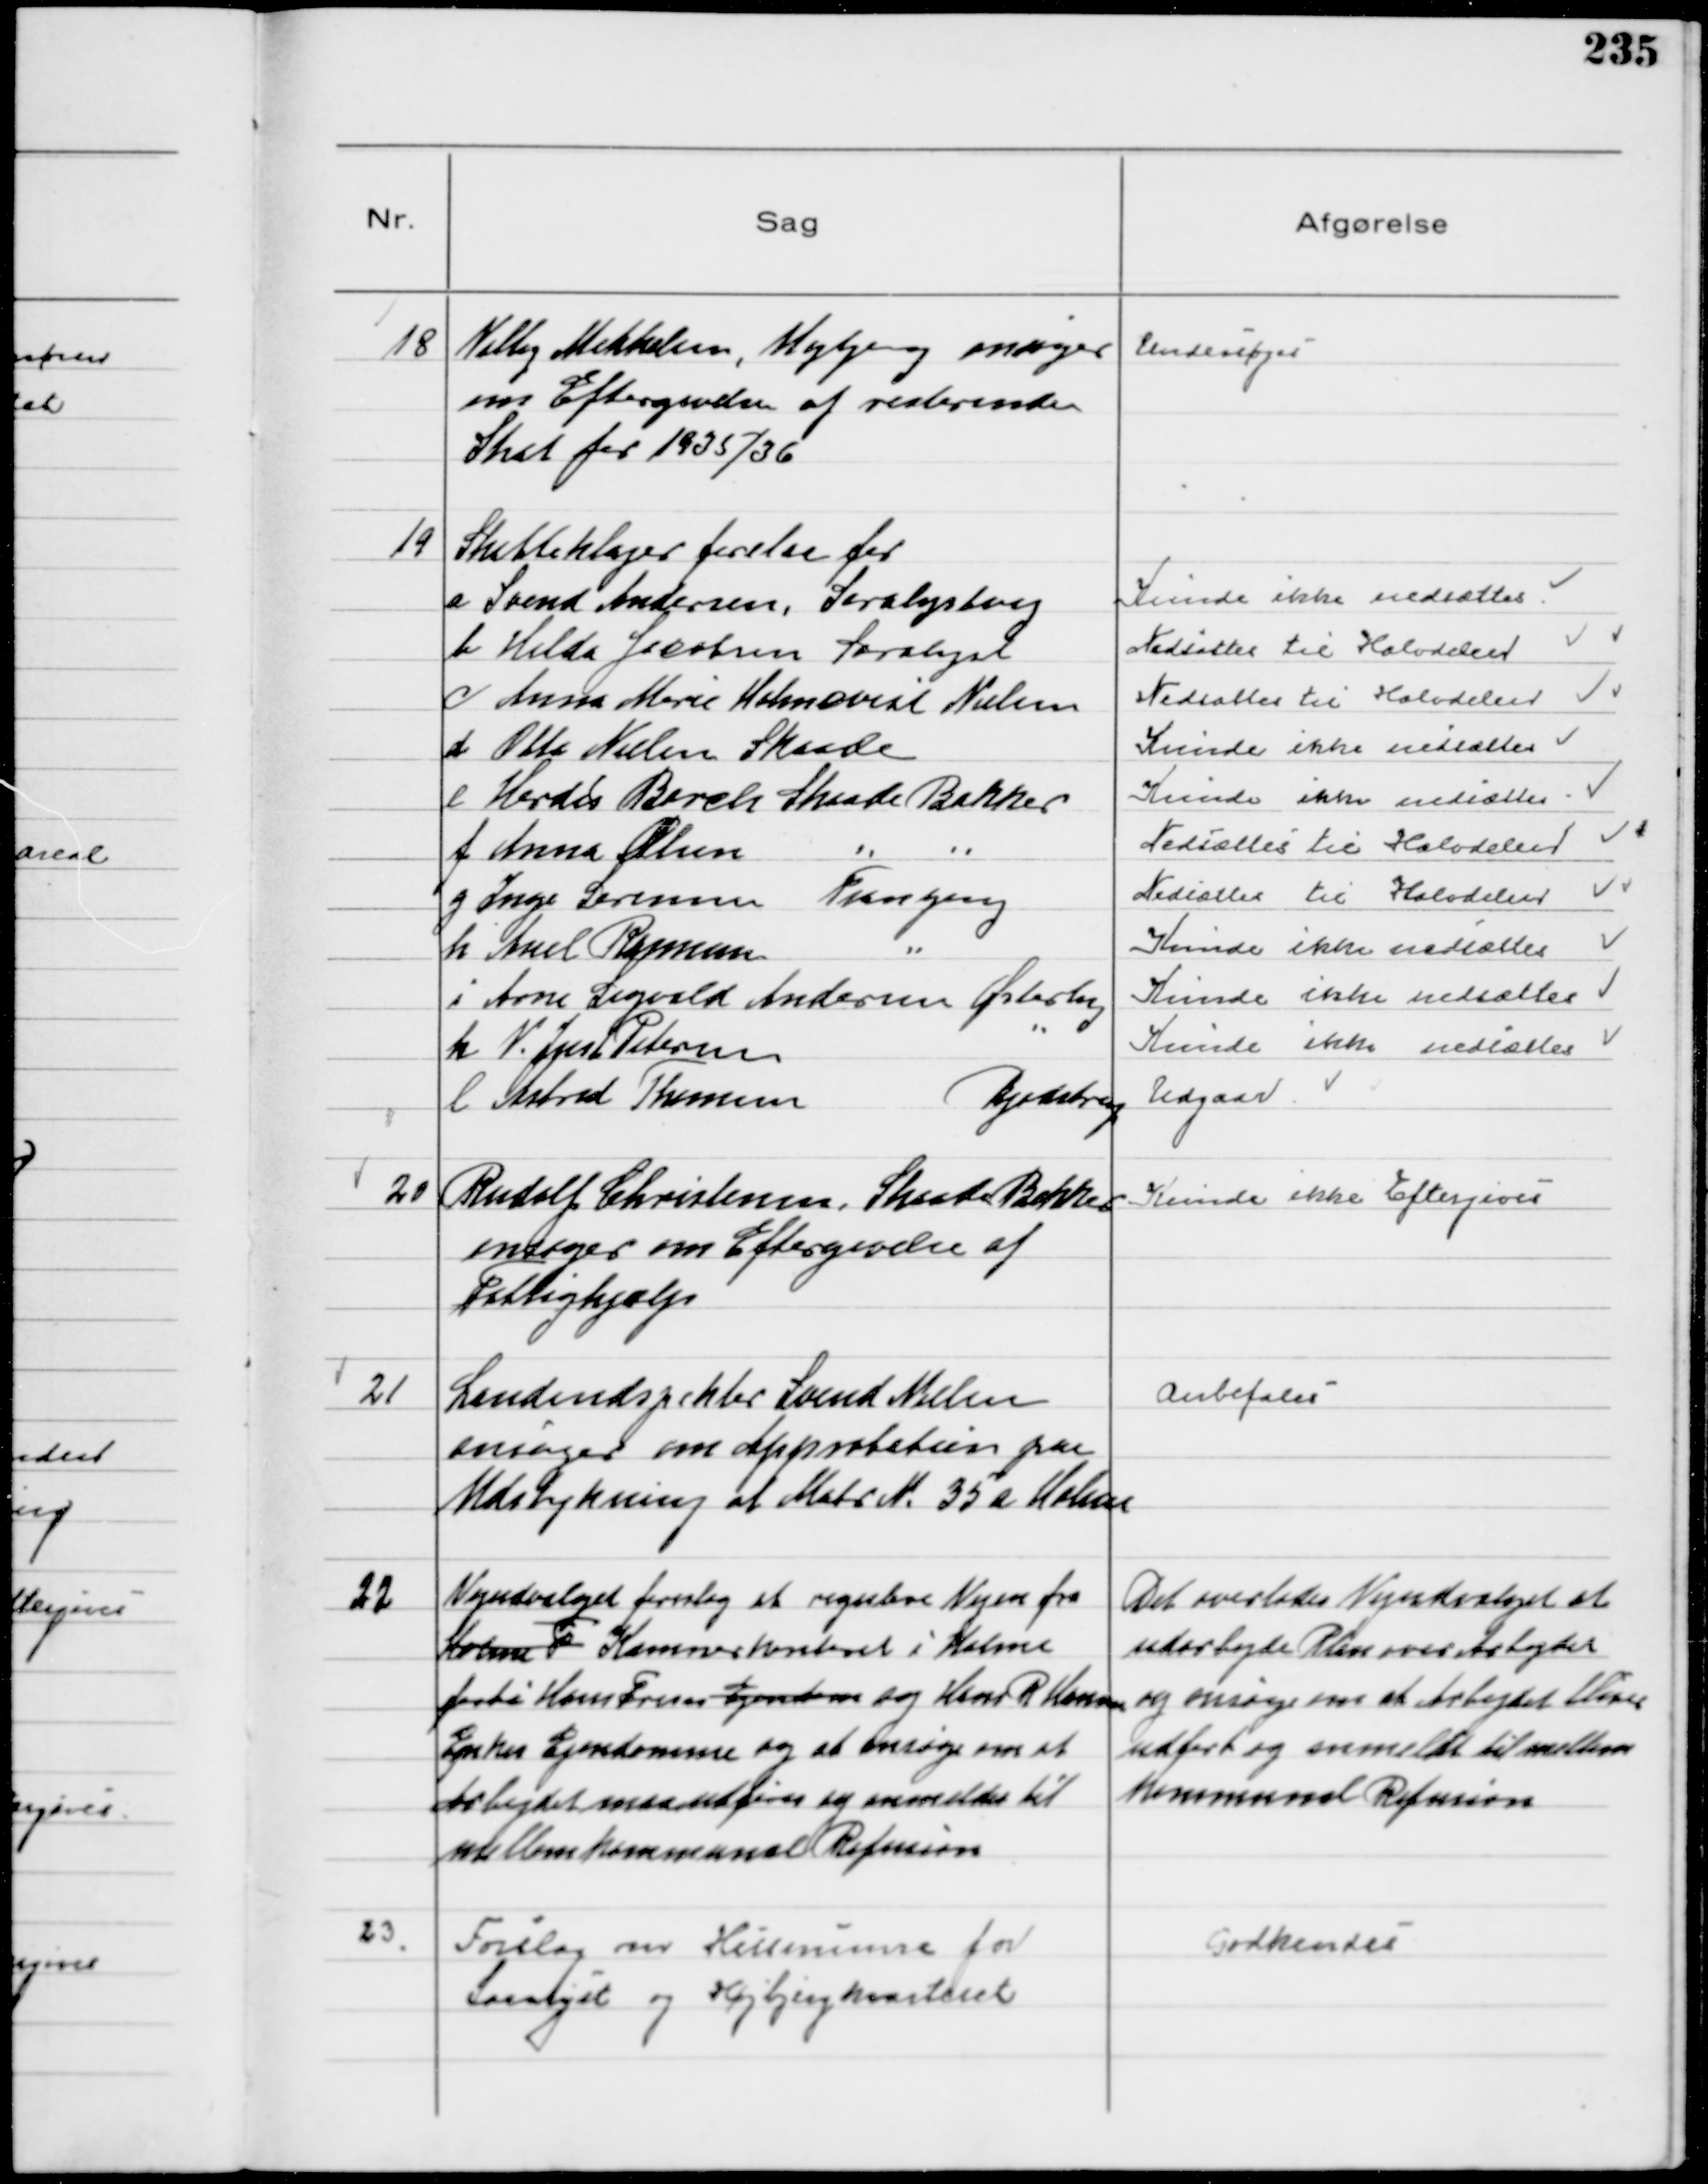
Transskription:
18
Villy Mikkelsen, Højbjerg ansøger
om Eftergivelse af resterende
Skat for 1935/36

Undersøges

19
Skatteklager forelaa fra
a Svend Andersen, Saralystvej
Kunde ikke nedsættes
b Hilda Jacobsen, Saralyst
Nedsattes til Halvdelen
c Anna Marie Holmqvist Nielsen
Nedsattes til Halvdelen
d Otto Nielsen Skaade
Kunde ikke nedsættes
e Herdis Borch Skaade Bakker
Kunde ikke nedsættes
f Anna Olsen  " "
Nedsattes til Halvdelen
g Inge Sørensen Tranbjerg
Nedsattes til Halvdelen
h Axel Rasmussen  "
Kunde ikke nedsættes
i Arne Sigvald Andersen Østerby
Kunde ikke nedsættes
k V. Juhl Petersen "
Kunde ikke nedsættes
l Astrid Thomsen Bjødstrup
Udgaar

20
Rudolf Christensen, Skaade Bakker
ansøger om Eftergivelse af
Fattighjælp

Kunde ikke Eftergives

21
Landindspektør Svend Nielsen
ansøger om Approbation paa
Udstykning af Matr N. 35 a Holme

Anbefales

22
Vejudvalget foreslog at regulere Vejen fra
Holme F Kommunekontoret i Holme
forbi Hans Frises Ejendom og Hans R Hansens
Enkes Ejendomme og at ansøge om at
Arbejdet maa udføres og anmeldes til
mellemkommunal Refusion

Det overlodes Vejudvalget at
udarbejde Plan over Arbejdet
og ansøge om at Arbejdet bliver
udført og anmeldt til mellem
Kommunal Refusion

23.
Forslag om Husnumre for
Saralyst og Højbjergkontoret

Godkendes